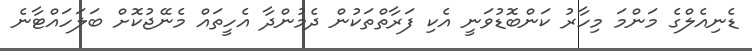
ޑެނިއެލްގެ މަންމަ މިހާރު ކަންބޮޑުވަނީ އެކި ފަރާތްތަކުން ދެމުންދާ އެހީތައް މެނޭޖުކޮށް ބަލަހައްޓާނެ